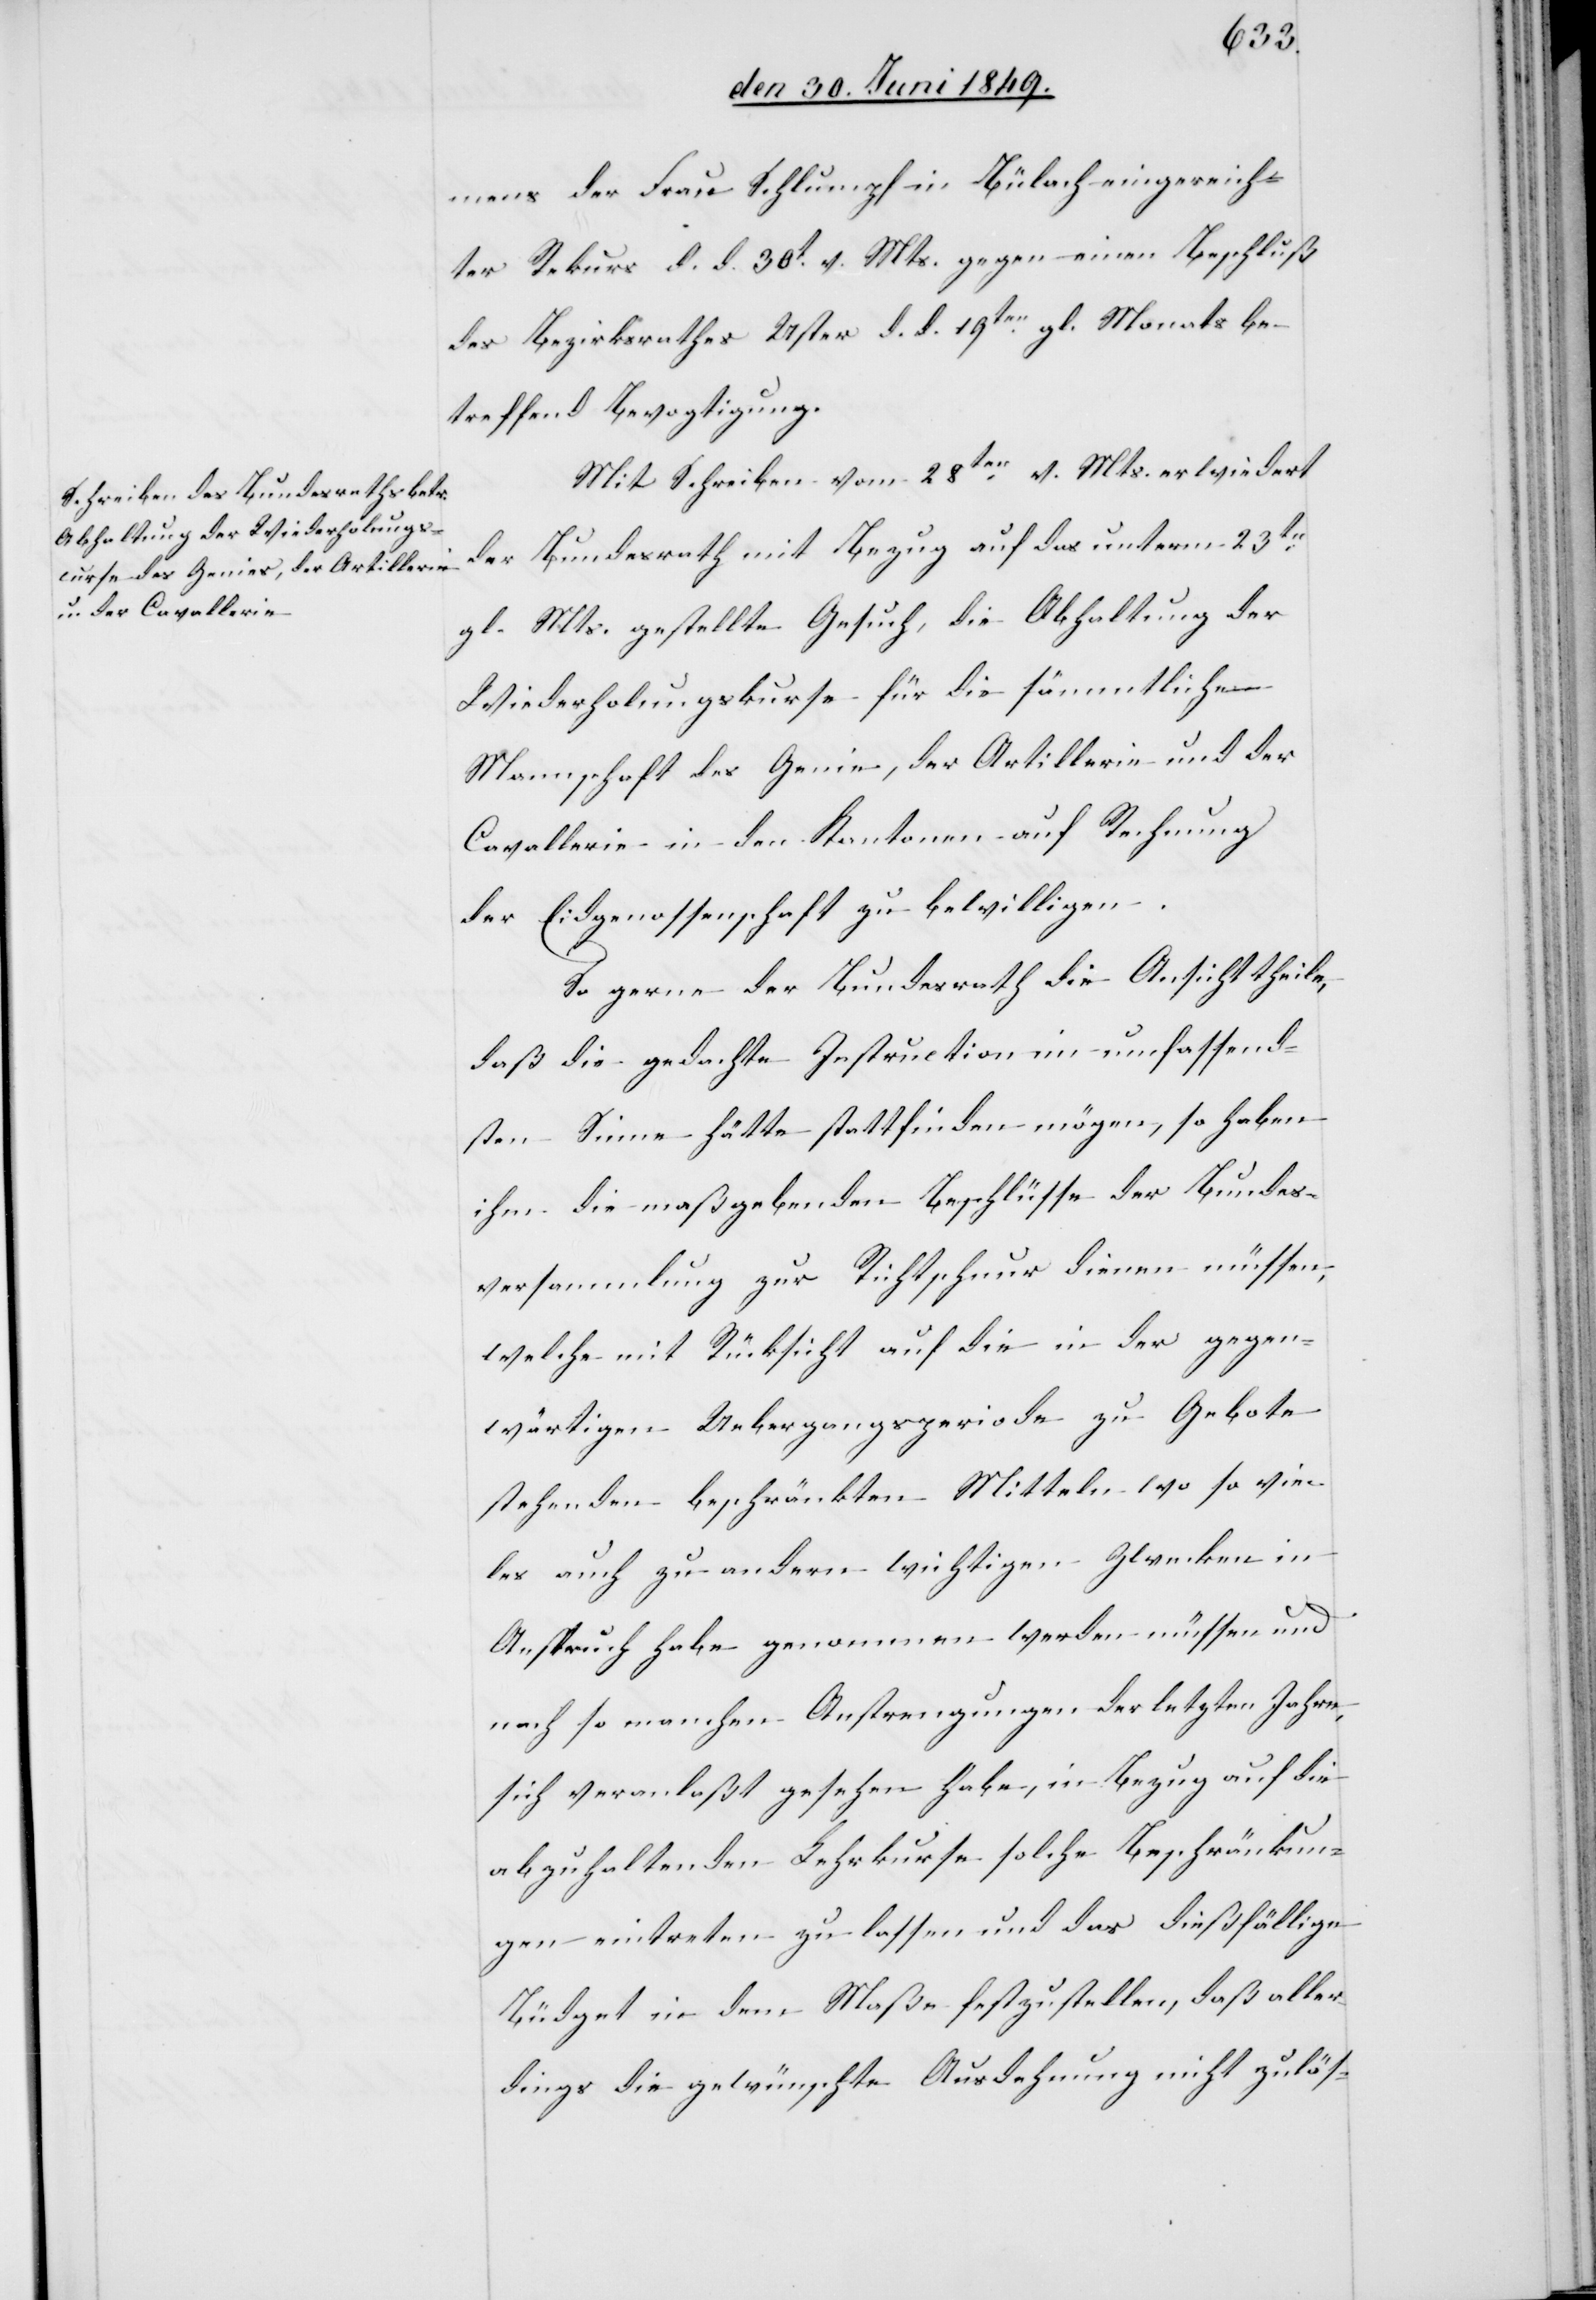
Actum
den 1. Juli 1849.]
mens der Frau Schlumpf in Bülach eingereich¬
ter Rekurs d. d. 30t v. Mts. gegen einen Beschluß
des Bezirksrathes Uster d. d. 19ten gl. Monats be¬
treffend Bevogtigung.
Mit Schreiben vom 28ten v. Mts. erwiedert
der Bundesrath mit Bezug auf das unterm 23ten
gl. Mts. gestellte Gesuch, die Abhaltung der
Wiederholungskurse für die sämmtliche
Mannschaft des Genie, der Artillerie und der
Cavallerie in den Kantonen auf Rechnung
der Eidgenossenschaft zu bewilligen.
So gerne der Bundesrath die Ansicht theile,
daß die gedachte Instruction im umfassend¬
sten Sinne hätte stattfinden mögen, so haben
ihm die maßgebenden Beschlüsse der Bundes¬
versammlung zur Richtschnur dienen müssen,
welche mit Rücksicht auf die in der gegen¬
wärtigen Ueberzeugungsperiode zu Gebote
stehenden beschränkten Mitteln wo so vie¬
les auch zu anderen wichtigen Zwecken in
Anspruch habe genommen werden müssen und
nach so manchen Anstrengungen der letzten Jahre,
sich veranlaßt gesehen habe, in Bezug auf die
abzuhaltenden Lehrkurse solche Beschränkun¬
gen eintreten zu lassen und das dießfällige
Büdget in dem Maße festzustellen, daß aller¬
dings die gewünschte Ausdehnung nicht zuläs-